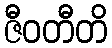
ဇီဝတီတိ